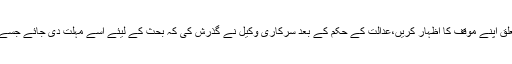
دفاعی وکلاء کی بحث کے اختتام کے بعد خصوصی جج نے سرکاری وکیل کو حکم دیا کہ وہ دفاع کی جرح کے متعلق اپنے موقف کا اظہار کریں،عدالت کے حکم کے بعد سرکاری وکیل نے گذرش کی کہ بحث کے لیئے اسے مہلت دی جائے جسے جج نے منظور کرتے ہوئے معاملے کی سماعت کل تک کے لیئے ملتوی کیئے جانے کے احکامات جاری کیئے ۔